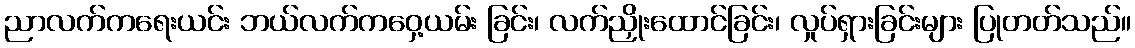
ညာလက်ကရေးယင်း ဘယ်လက်ကဝှေ့ယမ်း ခြင်း၊ လက်ညှိုးထောင်ခြင်း၊ လှုပ်ရှားခြင်းများ ပြုတတ်သည်။